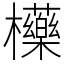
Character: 㰛